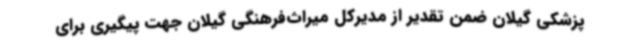
پزشکی گیلان ضمن تقدیر از مدیرکل میراث‌فرهنگی گیلان جهت پیگیری برای